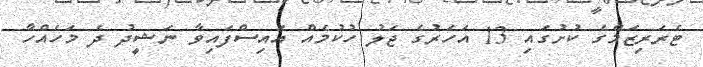
ޓެރަރިޒަމްގެ ކުށުގައި 13 އަހަރުގެ ޖަލު ހުކުމެއް އައިސްފައިވާ ނަޝީދު ދެ މަހެއްހާ